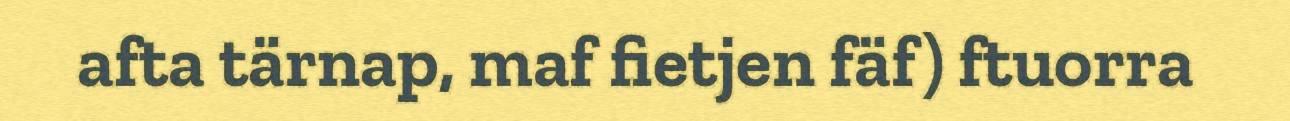
afta tärnap, maf fietjen fäf) ftuorra